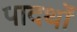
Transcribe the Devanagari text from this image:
पादर्थों